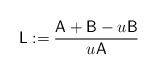
LaTeX: \begin{align*} \mathsf{L} := \frac{\mathsf{A}+\mathsf{B}-u\mathsf{B}}{u\mathsf{A}} \end{align*}